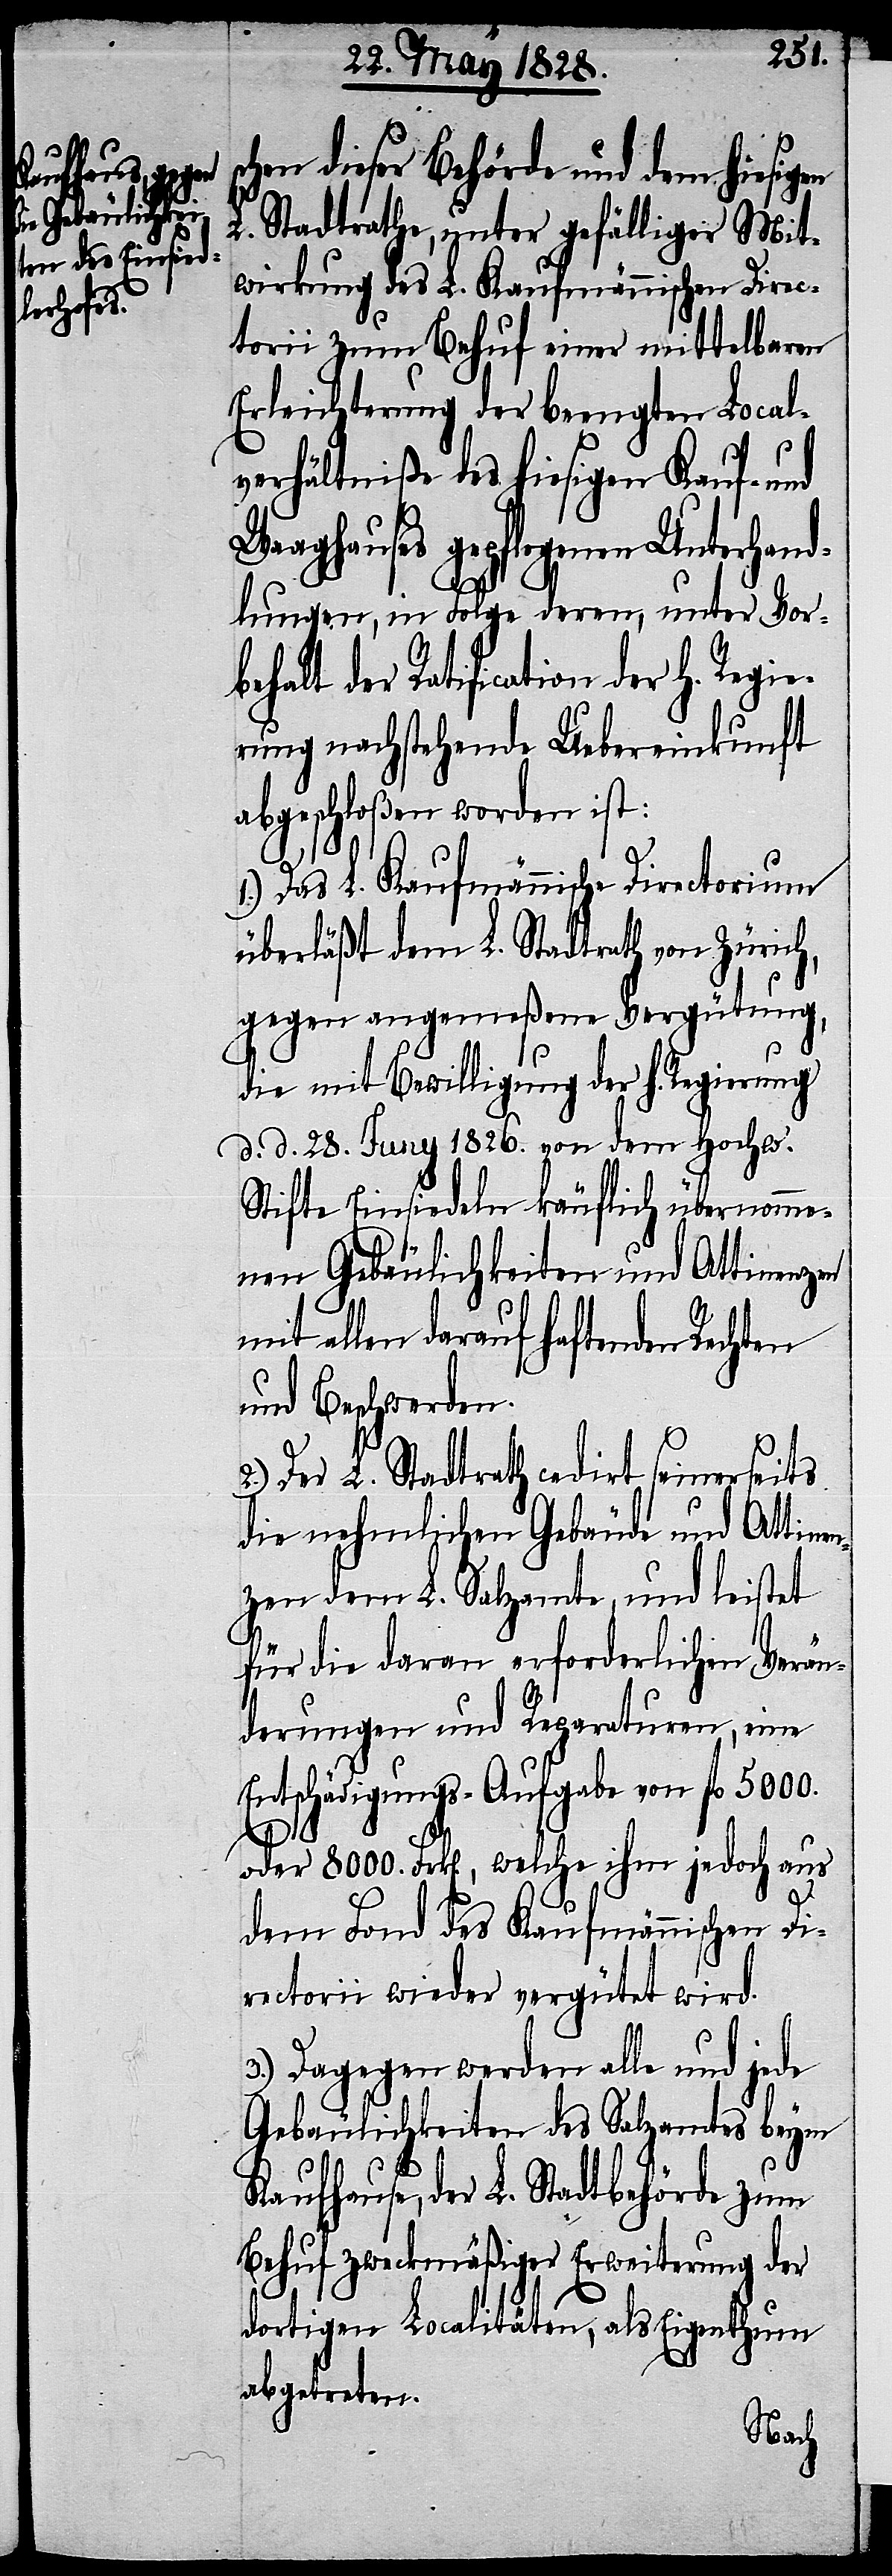
s¬
chen dieser Behörde und dem hiesigen
L. Stadtrathe, unter gefälliger Mit¬
wirkung des L. Kaufmännischen Direc¬
torii zum Behuf einer mittelbaren
Erleichterung der beengten Local¬
verhältniße des hiesigen Kauf- und
Waaghauses gepflogenen Unterhand¬
lungen, in Folge deren, unter Vor¬
behalt der Ratification der H. Regi¬
erung nachstehende Uebereinkunft
abgeschloßen worden ist:
1.) Das L. Kaufmännische Directorium
überläßt dem L. Stadtrath von Zürich,
gegen angemeßene Vergütung,
die mit Bewilligung der h. Regierung
d. d. 28. Juny 1826. von dem Hochw.
Stifte Einsiedeln käuflich übernomme¬
nen Gebäulichkeiten und Attinenzen
mit allen darauf haftenden Rechten
und Beschwerden.
Der L. Stadtrath cedirt seinerseits
die nehmlichen Gebäude und Attine¬
nzen dem L. Salzamte, und leistet
für die daran erforderlichen Verän¬
derungen und Reparaturen, eine
Entschädigungs-Aufgabe von fl. 5000.
oder 8000. Frk[en]., welche ihm jedoch aus
dem Fond des Kaufmännischen Di¬
rectorii wieder vergütet wird.
3.) Dagegen werden alle und jede
Gebäulichkeiten des Salzamtes beym
Kaufhause, der L. Stadtbehörde zum
Behuf zweckmäßiger Erweiterung der
dortigen Localitäten, als Eigenthum
abgetreten.